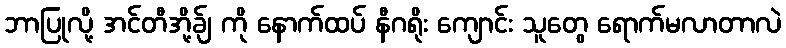
ဘာပြုလို့ အင်တီအို့ခ်ျ ကို နောက်ထပ် နီဂရိုး ကျောင်း သူတွေ ရောက်မလာတာလဲ